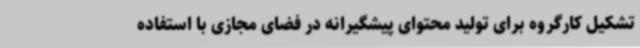
تشکیل کارگروه برای تولید محتوای پیشگیرانه در فضای مجازی با استفاده